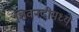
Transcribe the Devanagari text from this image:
शिवनदीमध्ये